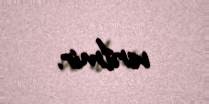
verilmir.